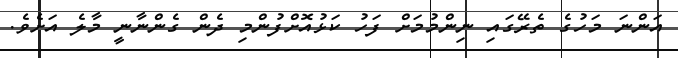
އަންނަ މަހުގެ ތެރޭގައި ނިންމުމަށް ފަހު ކަޅުއޮށްފުންމި ދެން ގެންނާނީ މާލެ އަށެވެެ.